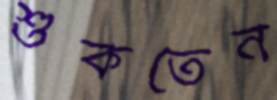
শুকতেন